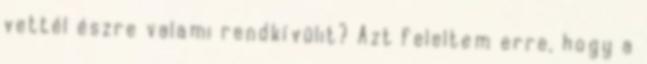
vettél észre valami rendkívülit? Azt feleltem erre, hogy a